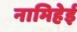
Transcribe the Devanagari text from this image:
नामिहेई